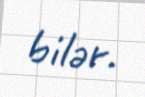
bilər.